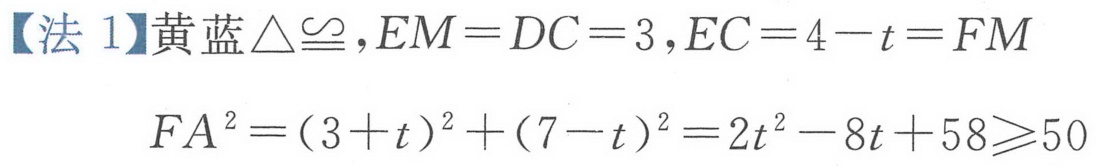
【法 \(1\)】黄蓝\(\triangle\cong\)，\(EM = DC = 3\)，\(EC = 4 - t=FM\)
\(FA^{2}=(3 + t)^{2}+(7 - t)^{2}=2t^{2}-8t + 58\geqslant50\)